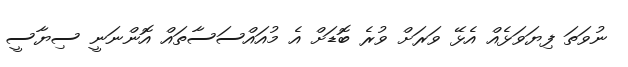
ނުވަތަ ފިޔަވަޅެއް އެޅޭ ވަރަށް ވުރެ ބޮޑަށް އެ މުއައްސަސާތައް އޮންނަނީ ސިޔާސީ